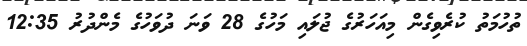
ތުހުމަތު ކުރެވިގެން މިއަހަރުގެ ޖުލައި މަހުގެ 28 ވަނަ ދުވަހުގެ މެންދުރު 12:35